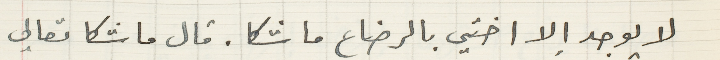
لا يوجد الا اختي بالرضاع ماشكا. قال ماشكا تعالي